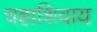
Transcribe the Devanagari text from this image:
चहाशिवाय